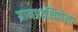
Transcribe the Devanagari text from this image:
ग्रामप्रदक्षिणेला